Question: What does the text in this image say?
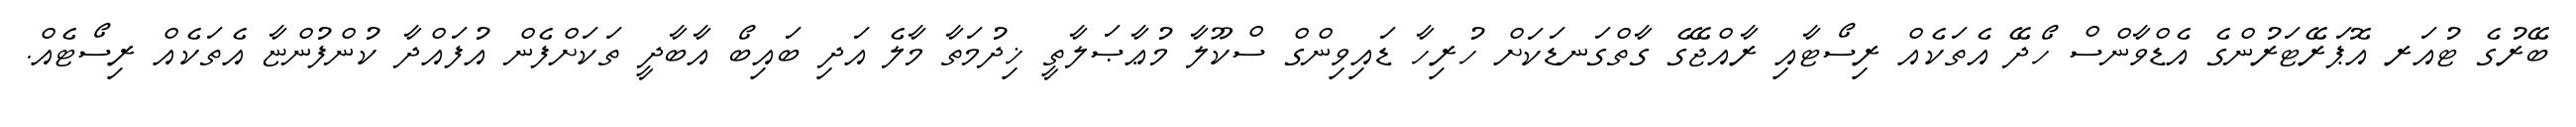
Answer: ބޭރުގެ ޓުއަރ އޮޕަރޭޓަރުންގެ އެޑްވާންސް ހޯދޭ އެތަކެއް ރިސޯޓާއި ރާއްޖޭގެ ގާތްގަނޑަކަށް ހުރިހާ ޑައިވިންގް ސްކޫލާ މުޢާޞަލާތީ ޚިދުމަތާ މާލެ އަދި ބައިބޯ އާބާދީ ތަކަށްފެން އުފައްދާ ކުންފުންޏާ އެތަކެއް ރިސޯޓެއް.